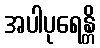
အပါပုရေန္တိ